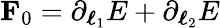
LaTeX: \mathbf{F}_{0}=\partial_{\boldsymbol{\ell}_{1}}E+\partial_{\boldsymbol{\ell}_{2}}E